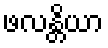
ဖလန္တိယာ